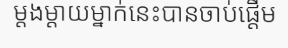
ម្តងម្តាយម្នាក់នេះបានចាប់ផ្តើម